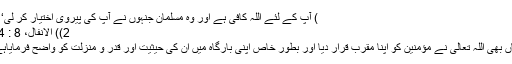
) آپ کے لئے اللہ کافی ہے اور وہ مسلمان جنہوں نے آپ کی پیروی اختیار کر لیo‘‘
(2) الانفال، 8 : 64
یہاں بھی اللہ تعالیٰ نے مؤمنین کو اپنا مقرب قرار دیا اور بطورِ خاص اپنی بارگاہ میں ان کی حیثیت اور قدر و منزلت کو واضح فرمایاہے۔